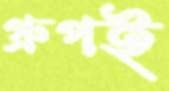
গ্রুপই